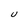
Character: U